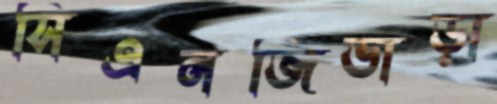
সিএনজিভাড়া